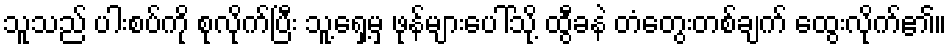
သူသည် ပါးစပ်ကို စုလိုက်ပြီး သူ့ရှေ့မှ ဖုန်များပေါ်သို့ ထွီခနဲ တံတွေးတစ်ချက် ထွေးလိုက်၏။